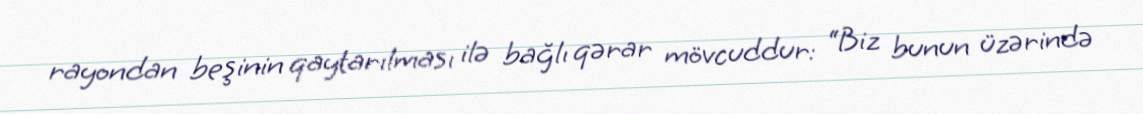
rayondan beşinin qaytarılması ilə bağlı qərar mövcuddur: “Biz bunun üzərində